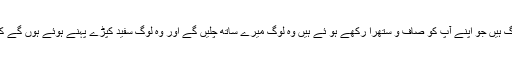
سردیس میں تمہا رے ہاں چند لوگ ہیں جو اپنے آپ کو صاف و ستھرا رکھے ہو ئے ہیں وہ لوگ میرے ساتھ چلیں گے اور وہ لوگ سفید کپڑے پہنے ہوئے ہوں گے کیوں کہ وہ لوگ اس کے قابل ہیں۔